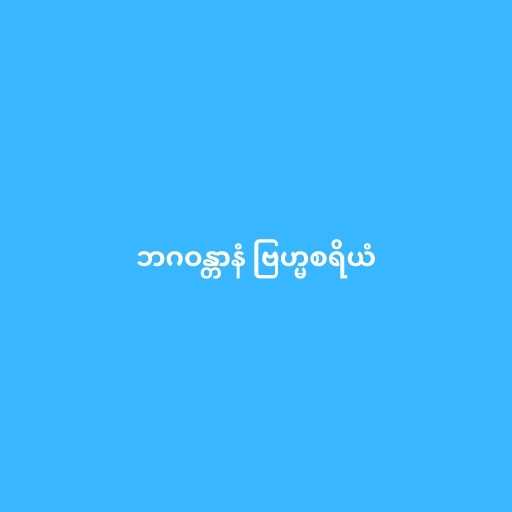
ဘဂဝန္တာနံ ဗြဟ္မစရိယံ